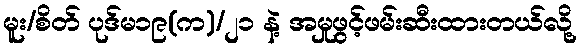
မူး/စိတ် ပုဒ်မ၁၉(က)/၂၁ နဲ့ အမှုဖွင့်ဖမ်းဆီးထားတယ်လို့